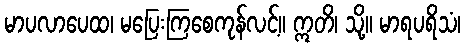
မာပလာပေထ၊ မပြေးကြစေကုန်လင့်။ ဣတိ၊ သို့။ မာရပရိသံ၊